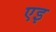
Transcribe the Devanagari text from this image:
एइ